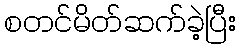
စတင်မိတ်ဆက်ခဲ့ပြီး